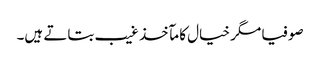
صوفیا مگر خیال کا مآخذ غیب بتاتے ہیں۔